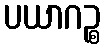
ပယာဂဉ္စ